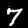
Label: 7